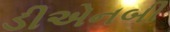
ડીએનબી